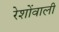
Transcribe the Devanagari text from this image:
रेशोंवाली